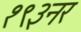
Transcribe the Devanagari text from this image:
१९३नर